Annual report of the Punjab Veterinary College and of the Civil Veterinary Department, Punjab - 1894-1908
Year: 1894
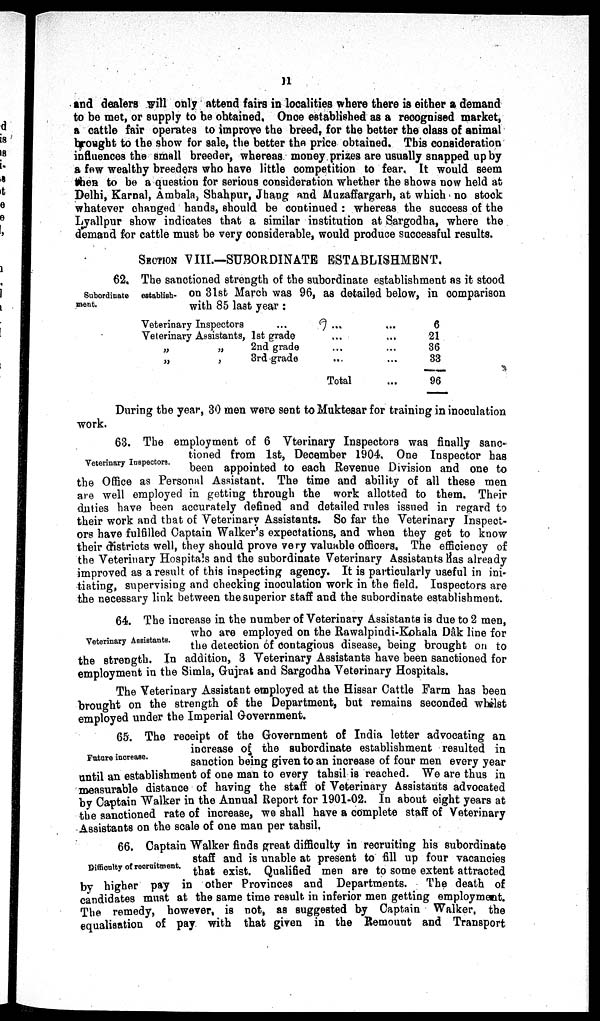
11
and dealers will only attend fairs in localities where there is either a demand
to be met, or supply to be obtained. Once established as a recognised market,
a cattle fair operates to improve the breed, for the better the class of animal
brought to the show for sale, the better the price obtained. This consideration
influences the small breeder, whereas money prizes are usually snapped up by
a few wealthy breeders who have little competition to fear. It would seem
when to be a question for serious consideration whether the shows now held at
Delhi, Karnal, Ambala, Shahpur, Jhaug and Muzaffargarh, at which no stock
whatever changed hands, should be continued: whereas the success of the
Lyallpur show indicates that a similar institution at Sargodha, where the
demand for cattle must be very considerable, would produce successful results.
SECTION VIII.-SUBORDINATE ESTABLISHMENT.
Subordinate establish-
ment.
62. The sanctioned strength of the subordinate establishment as it stood
on 31st March was 96 , as detailed below, in comparison
with 85 last year :
Veterinary Inspectors ... ... ...
Veterinary Assistants, 1st grade ... ...
„
„
2nd grade ... ...
„
„
3rd grade ... ...
Total ...
6
21
36
33
96
During the year, 30 men were sent to Muktesar for training in inoculation
work.
Veterinary Inspectors.
63. The employment of 6 Vterinary Inspectors was finally sanc-
tioned from 1st, December 1904. One Inspector has
been appointed to each Revenue Division and one to
the Office as Personal Assistant. The time and ability of all these men
are well employed in getting through the work allotted to them. Their
duties have been accurately defined and detailed rules issued in regard to
their work and that of Veterinary Assistants. So far the Veterinary Inspect-
ors have fulfilled Captain Walker's expectations, and when they get to know
their districts well, they should prove very valuable officers. The efficiency of
the Veterinary Hospitals and the subordinate Veterinary Assistants has already
improved as a result of this inspecting agency. It is particularly useful in ini-
tiating, supervising and checking inoculation work in the field. Inspectors are
the necessary link between the superior staff and the subordinate establishment.
Veterinary Assistants.
64. The increase in the number of Veterinary Assistants is due to 2 men,
who are employed on the Rawalpindi-Kohala Dâk line for
the detection of contagious disease, being brought on to
the strength. In addition, 3 Veterinary Assistants have been sanctioned for
employment in the Simla, Gujrat and Sargodha Veterinary Hospitals.
The Veterinary Assistant employed at the Hissar Cattle Farm has been
brought on the strength of the Department, but remains seconded whilst
employed under the Imperial Government.
Future increase.
65. The receipt of the Government of India letter advocating an
increase of the subordinate establishment resulted in
sanction being given to an increase of four men every year
until an establishment of one man to every tahsil is reached. We are thus in
measurable distance of having the staff of Veterinary Assistants advocated
by Captain Walker in the Annual Report for 1901-02. In about eight years at
the sanctioned rate of increase, we shall have a complete staff of Veterinary
Assistants on the scale of one man per tahsil.
Difficulty of recruitment.
66. Captain Walker finds great difficulty in recruiting his subordinate
staff and is unable at present to fill up four vacancies
that exist. Qualified men are to some extent attracted
by higher pay in other Provinces and Departments.
The death of
candidates must at the same time result in inferior men getting employment.
The remedy, however, is not, as suggested by Captain Walker, the
equalisation of pay with that given in the Remount and Transport